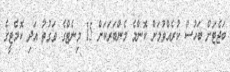
ބަޖެޓަށް ބަހުސް ކުރެއްވުމަށް ކޮންމެ މެންބަރަކަށް 15 މިނެޓްގެ ވަގުތު އަދި ކޮމެޓީގެ